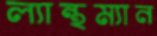
ল্যান্থম্যান